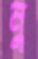
নু